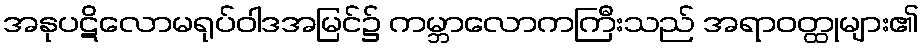
အနုပဋိလောမရုပ်ဝါဒအမြင်၌ ကမ္ဘာလောကကြီးသည် အရာဝတ္ထုများ၏